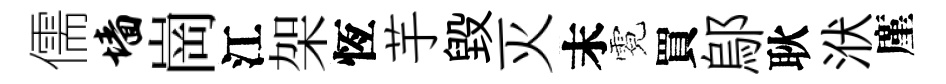
儒墙崗江架恆芋毁灭末霓買鄔耿洑廑